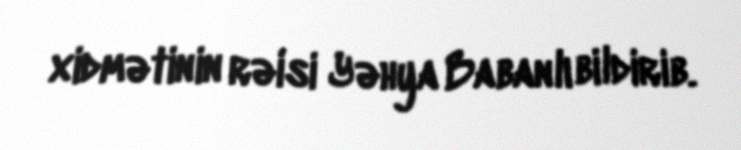
xidmətinin rəisi Yəhya Babanlı bildirib.